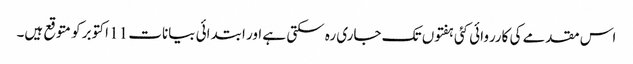
اس مقدمے کی کارروائی کئی ہفتوں تک جاری رہ سکتی ہے اور ابتدائی بیانات 11 اکتوبر کو متوقع ہیں۔